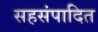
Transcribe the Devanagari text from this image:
सहसंपादित